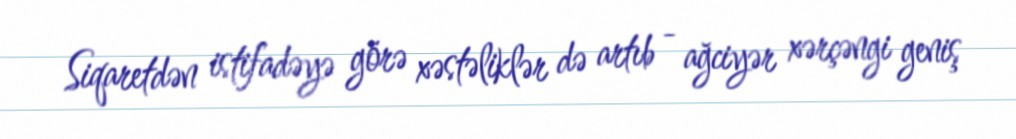
Siqaretdən istifadəyə görə xəstəliklər də artıb - ağciyər xərçəngi geniş